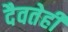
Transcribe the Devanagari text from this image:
दैवतेही